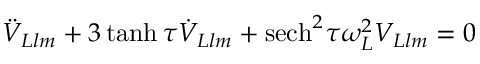
\ddot { V } _ { L l m } + 3 \operatorname { t a n h } \tau \dot { V } _ { L l m } + \mathrm { s e c h } ^ { 2 } \tau \omega _ { L } ^ { 2 } V _ { L l m } = 0